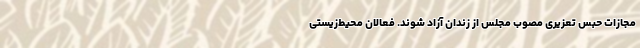
مجازات حبس تعزیری مصوب مجلس از زندان آزاد شوند. فعالان محیط‌زیستی